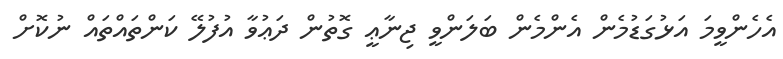
އެހެންވީމަ އަޅުގަޑުމެން އެންމެން ބަލަންވީ ޖިނާޢީ ގޮތުން ދަޢުވާ އުފުލޭ ކަންތައްތައް ނުކޮށް